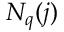
N _ { q } ( j )